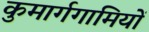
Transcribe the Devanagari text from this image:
कुमार्गगामियों